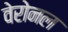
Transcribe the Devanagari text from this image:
वेरोनल